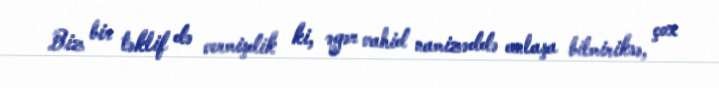
Biz bir təklif də vermişdik ki, əgər vahid namizəddə anlaşa bilmiriksə, çox